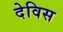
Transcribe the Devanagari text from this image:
देविस